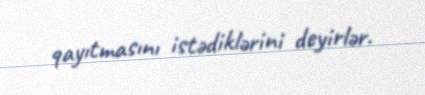
qayıtmasını istədiklərini deyirlər.